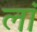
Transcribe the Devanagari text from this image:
लां